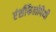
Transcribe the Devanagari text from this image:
एंसीफैलोपैथी